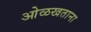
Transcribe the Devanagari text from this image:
ओळखताना